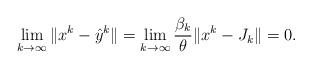
LaTeX: \begin{align*}\lim_{k\to\infty} \|x^k-\hat y^k\|=\lim_{k\to\infty}\frac{\beta_k}{\theta}\|x^k-J_k\|= 0.\end{align*}